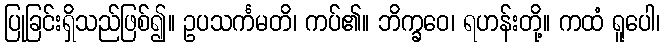
ပြုခြင်းရှိသည်ဖြစ်၍။ ဥပသင်္ကမတိ၊ ကပ်၏။ ဘိက္ခဝေ၊ ရဟန်းတို့။ ကထံ ရူပေါ၊